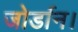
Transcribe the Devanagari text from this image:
जोर्डान।